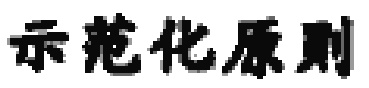
示范化原则